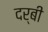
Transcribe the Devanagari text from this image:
दर्बी